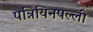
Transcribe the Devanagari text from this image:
पन्नियिनपल्ली